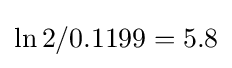
\ln 2/0.1199=5.8